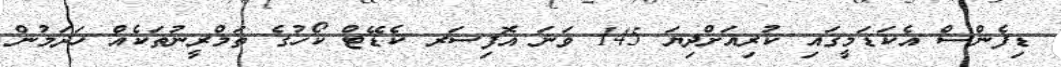
ޑިފެންސް އެކަޑަމީގައި ކުރިއަށްދިޔަ 145 ވަނަ އޮފިސަރ ކެޑޭޓް ކޯހުގެ ތަމްރީނުތަކެއް ހަދަމުން